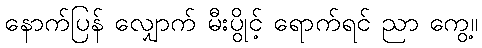
နောက်ပြန် လျှောက် မီးပွိုင့် ရောက်ရင် ညာ ကွေ့။